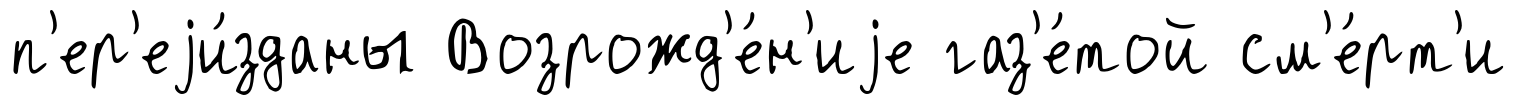
п'ер'еjи́зданы Возрожд'е́н'иjе газ'е́той см'е́рт'и